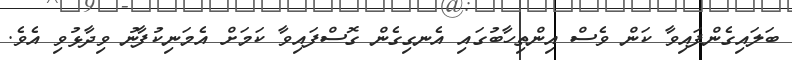
ބަލައިގެންފައިވާ ކަން ވެސް އިންތިހާބުގައި އެނގިގެން ގޮސްފައިވާ ކަމަށް އެމަނިކުފާނު ވިދާޅުވި އެވެ.